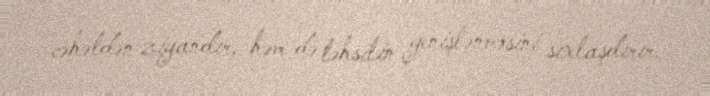
cəhətdən ziyandır, həm də təhsilin genişlənməsini sıxlaşdırır.